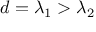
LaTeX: d = \lambda _ { 1 } > \lambda _ { 2 }